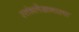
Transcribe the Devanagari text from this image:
स्तंभलेखनाला